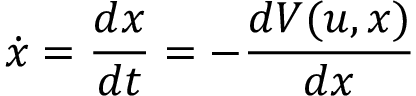
{ \dot { x } } = { \frac { d x } { d t } } = - { \frac { d V ( u , x ) } { d x } }